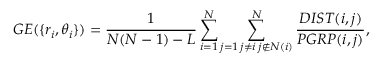
G E ( \{ r _ { i } , \theta _ { i } \} ) = \frac { 1 } { N ( N - 1 ) - L } \sum _ { i = 1 } ^ { N } \sum _ { \substack { j = 1 \, j \neq i \, j \notin N ( i ) } } ^ { N } \frac { D I S T ( i , j ) } { P G R P ( i , j ) } ,